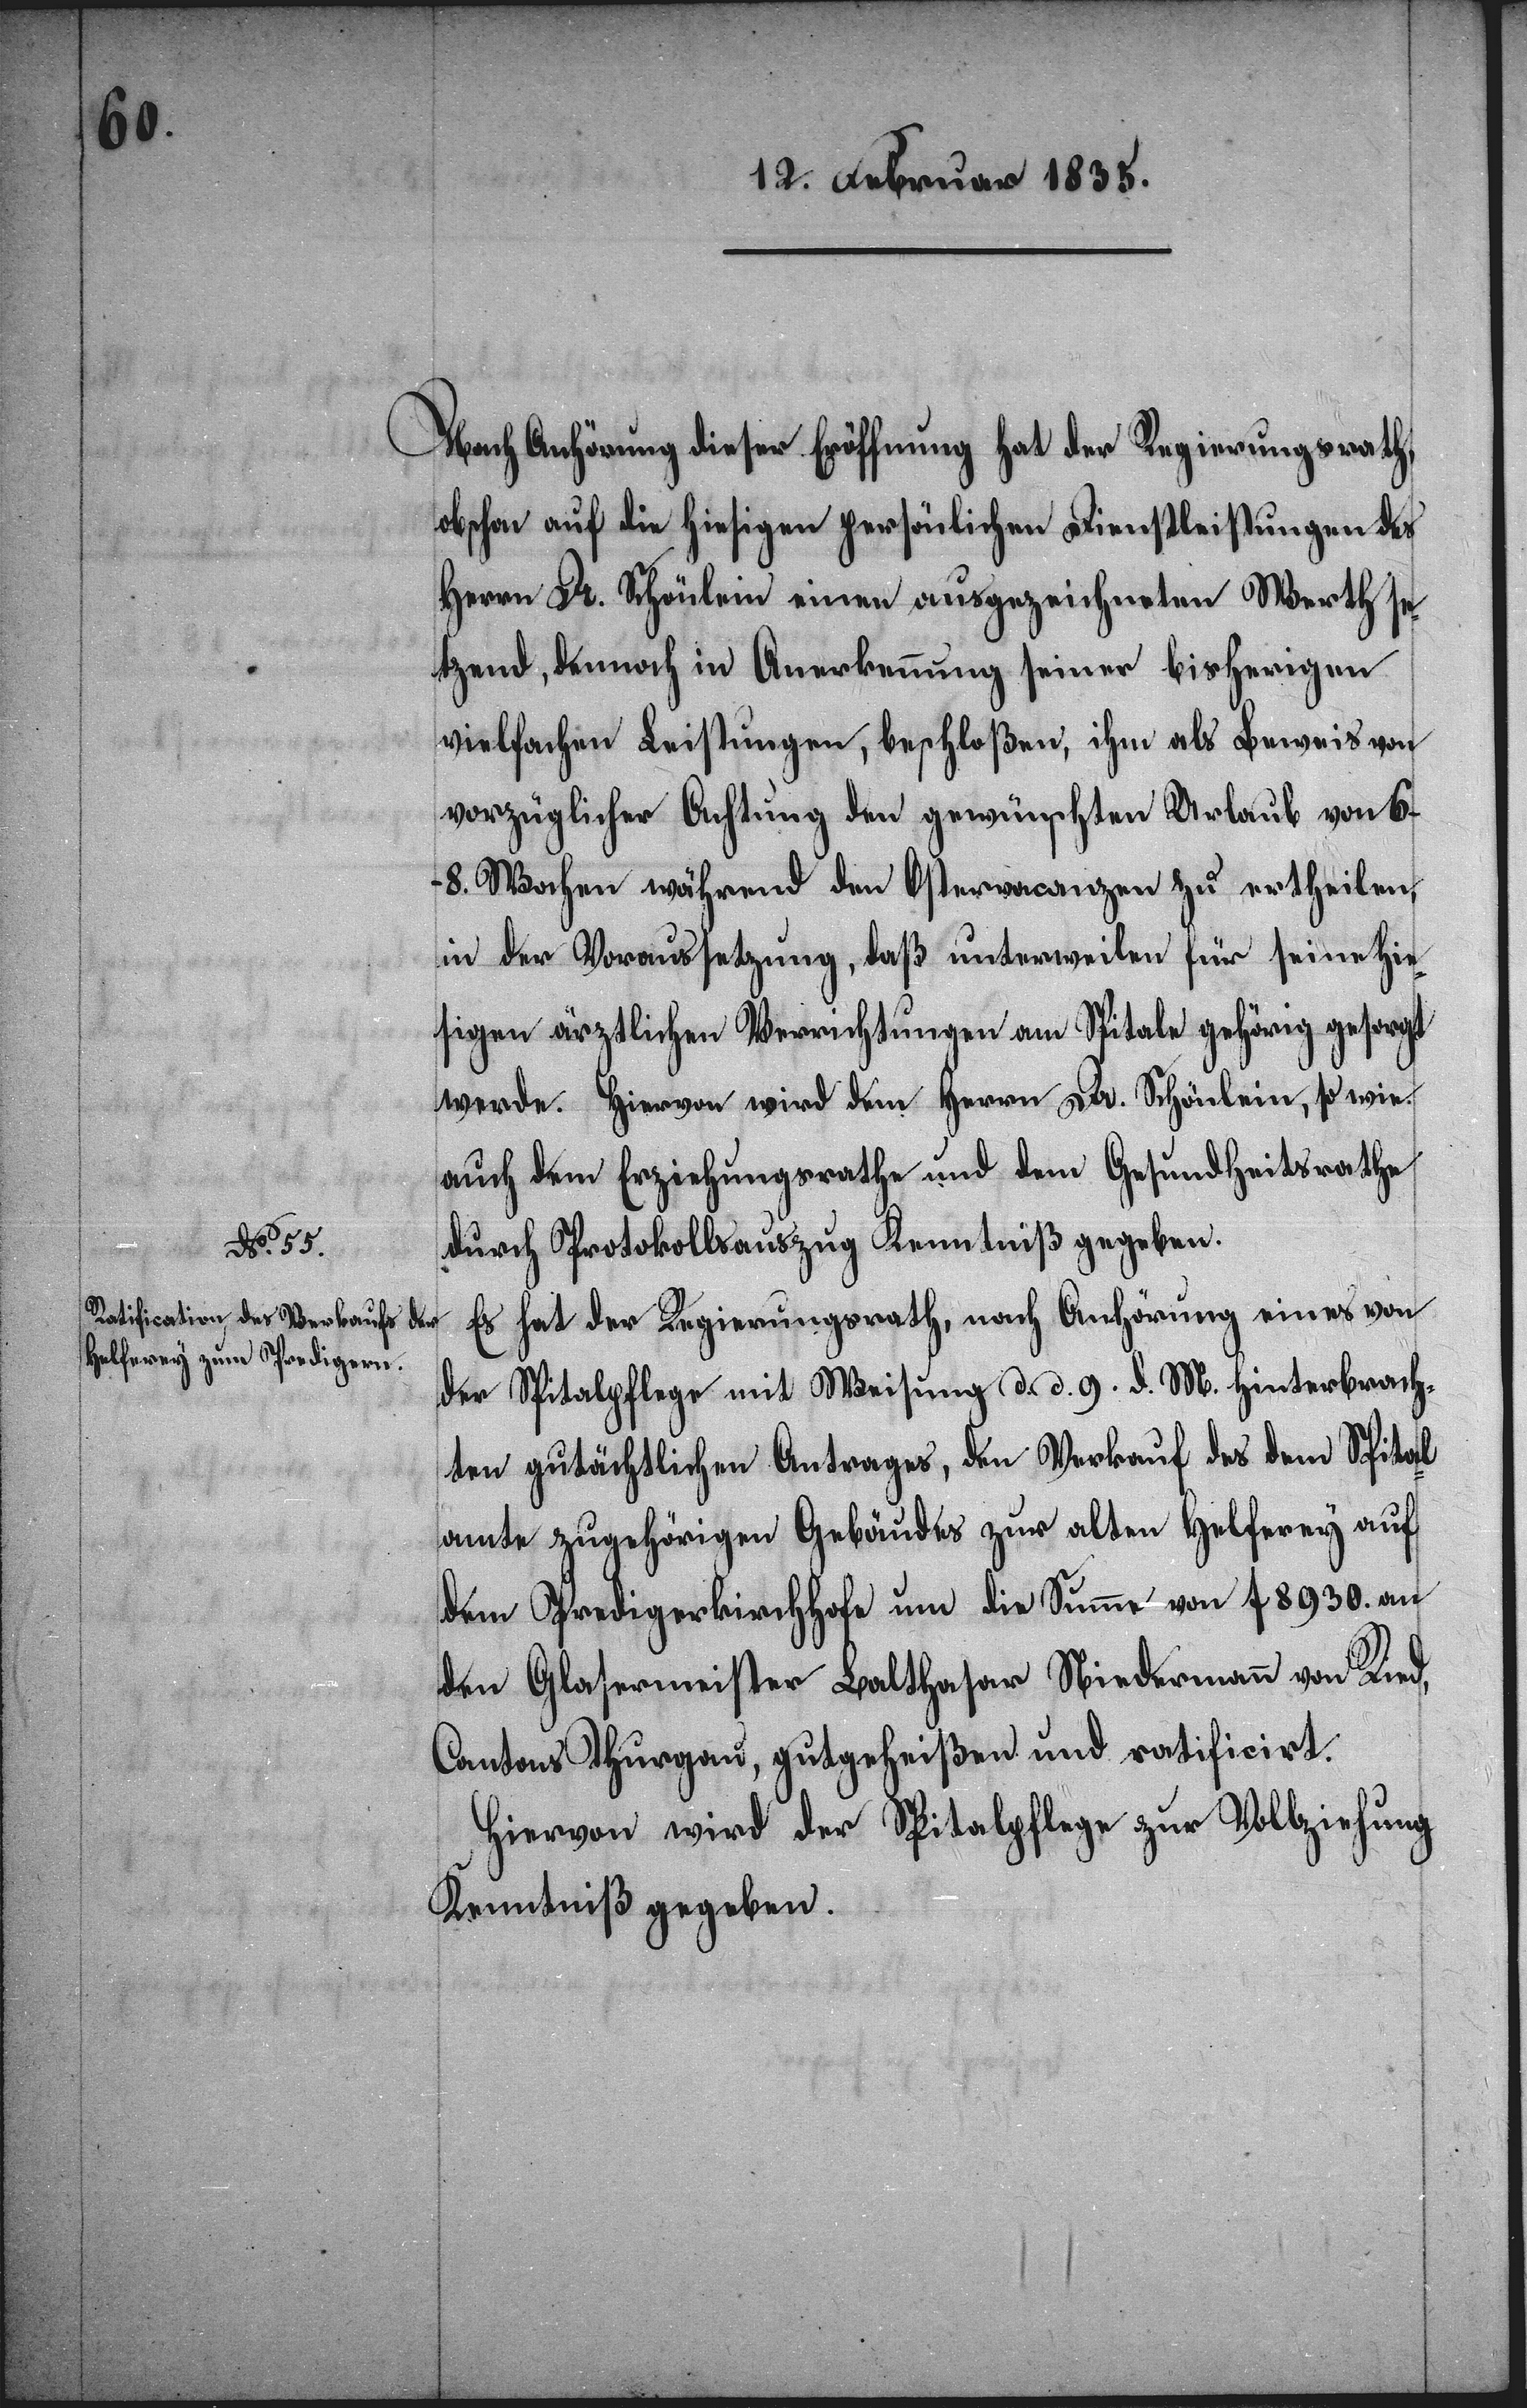
Nach Anhörung dieser Eröffnung hat der Regierungsrath,
obschon auf die hiesigen persönlichen Dienstleistungen des
Herrn Dr. Schönlein einen ausgezeichneten Werth se¬
tzend, dennoch in Anerkennung seiner bisherigen
vielfachen Leistungen, beschloßen, ihm als Beweis von
vorzüglicher Achtung den gewünschten Urlaub von 6–8
Wochen während den Ostervacanzen zu ertheilen,
in der Voraussetzung, daß unterweilen für seine hie¬
sigen ärztlichen Verrichtungen am Spitale gehörig gesorgt
werde. Hiervon wird dem Herrn Dr. Schönlein, so wie
auch dem Erziehungsrathe und dem Gesundheitsrathe
durch Protokollsauszug Kenntniß gegeben.
Es hat der Regierungsrath, nach Anhörung eines von
der Spitalpflege mit Weisung d. d. 9. d. M. hinterbrach¬
ten gutächtlichen Antrages, den Verkauf des dem Spital¬
amte zugehörigen Gebäudes zur alten Helferey auf
dem Predigerkirchhofe um die Summe von f 8930. an
den Glasermeister Balthasar Niedermann von Ried,
Cantons Thurgau, gutgeheißen und ratificirt.
Hiervon wird der Spitalpflege zur Vollziehung
Kenntniß gegeben.